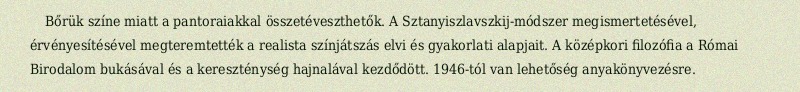
Bőrük színe miatt a pantoraiakkal összetéveszthetők. A Sztanyiszlavszkij-módszer megismertetésével, érvényesítésével megteremtették a realista színjátszás elvi és gyakorlati alapjait. A középkori filozófia a Római Birodalom bukásával és a kereszténység hajnalával kezdődött. 1946-tól van lehetőség anyakönyvezésre.